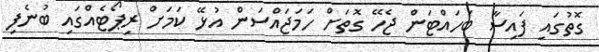
ގޮތުގައި ފައިސާ ބަހައްޓަން ޖެހޭ ގޮތަށް ހަމަޖައްސަން އުޅޭ ކަމަށް ރިޕޯޓެއްގައި ބުނެފި